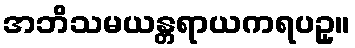
အဘိသမယန္တရာယကရပဥှ။